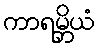
ကာရမ္ဘိယံ